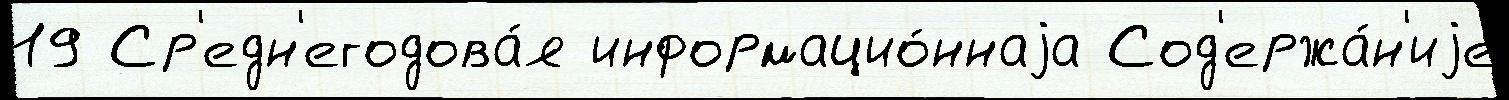
19 Ср'едн'егодова́я информацио́ннаjа Сод'ержа́н'иjе